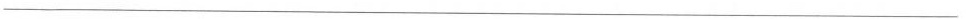
___